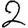
Digit: 2